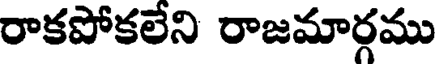
రాకపోకలేని రాజమార్గము